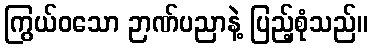
ကြွယ်ဝသော ဉာဏ်ပညာနဲ့ ပြည့်စုံသည်။